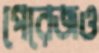
পেরেজও